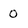
Character: 0